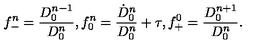
f _ { - } ^ { n } = \frac { D _ { 0 } ^ { n - 1 } } { D _ { 0 } ^ { n } } , f _ { 0 } ^ { n } = \frac { \dot { D } _ { 0 } ^ { n } } { D _ { 0 } ^ { n } } + \tau , f _ { + } ^ { 0 } = \frac { D _ { 0 } ^ { n + 1 } } { D _ { 0 } ^ { n } } .